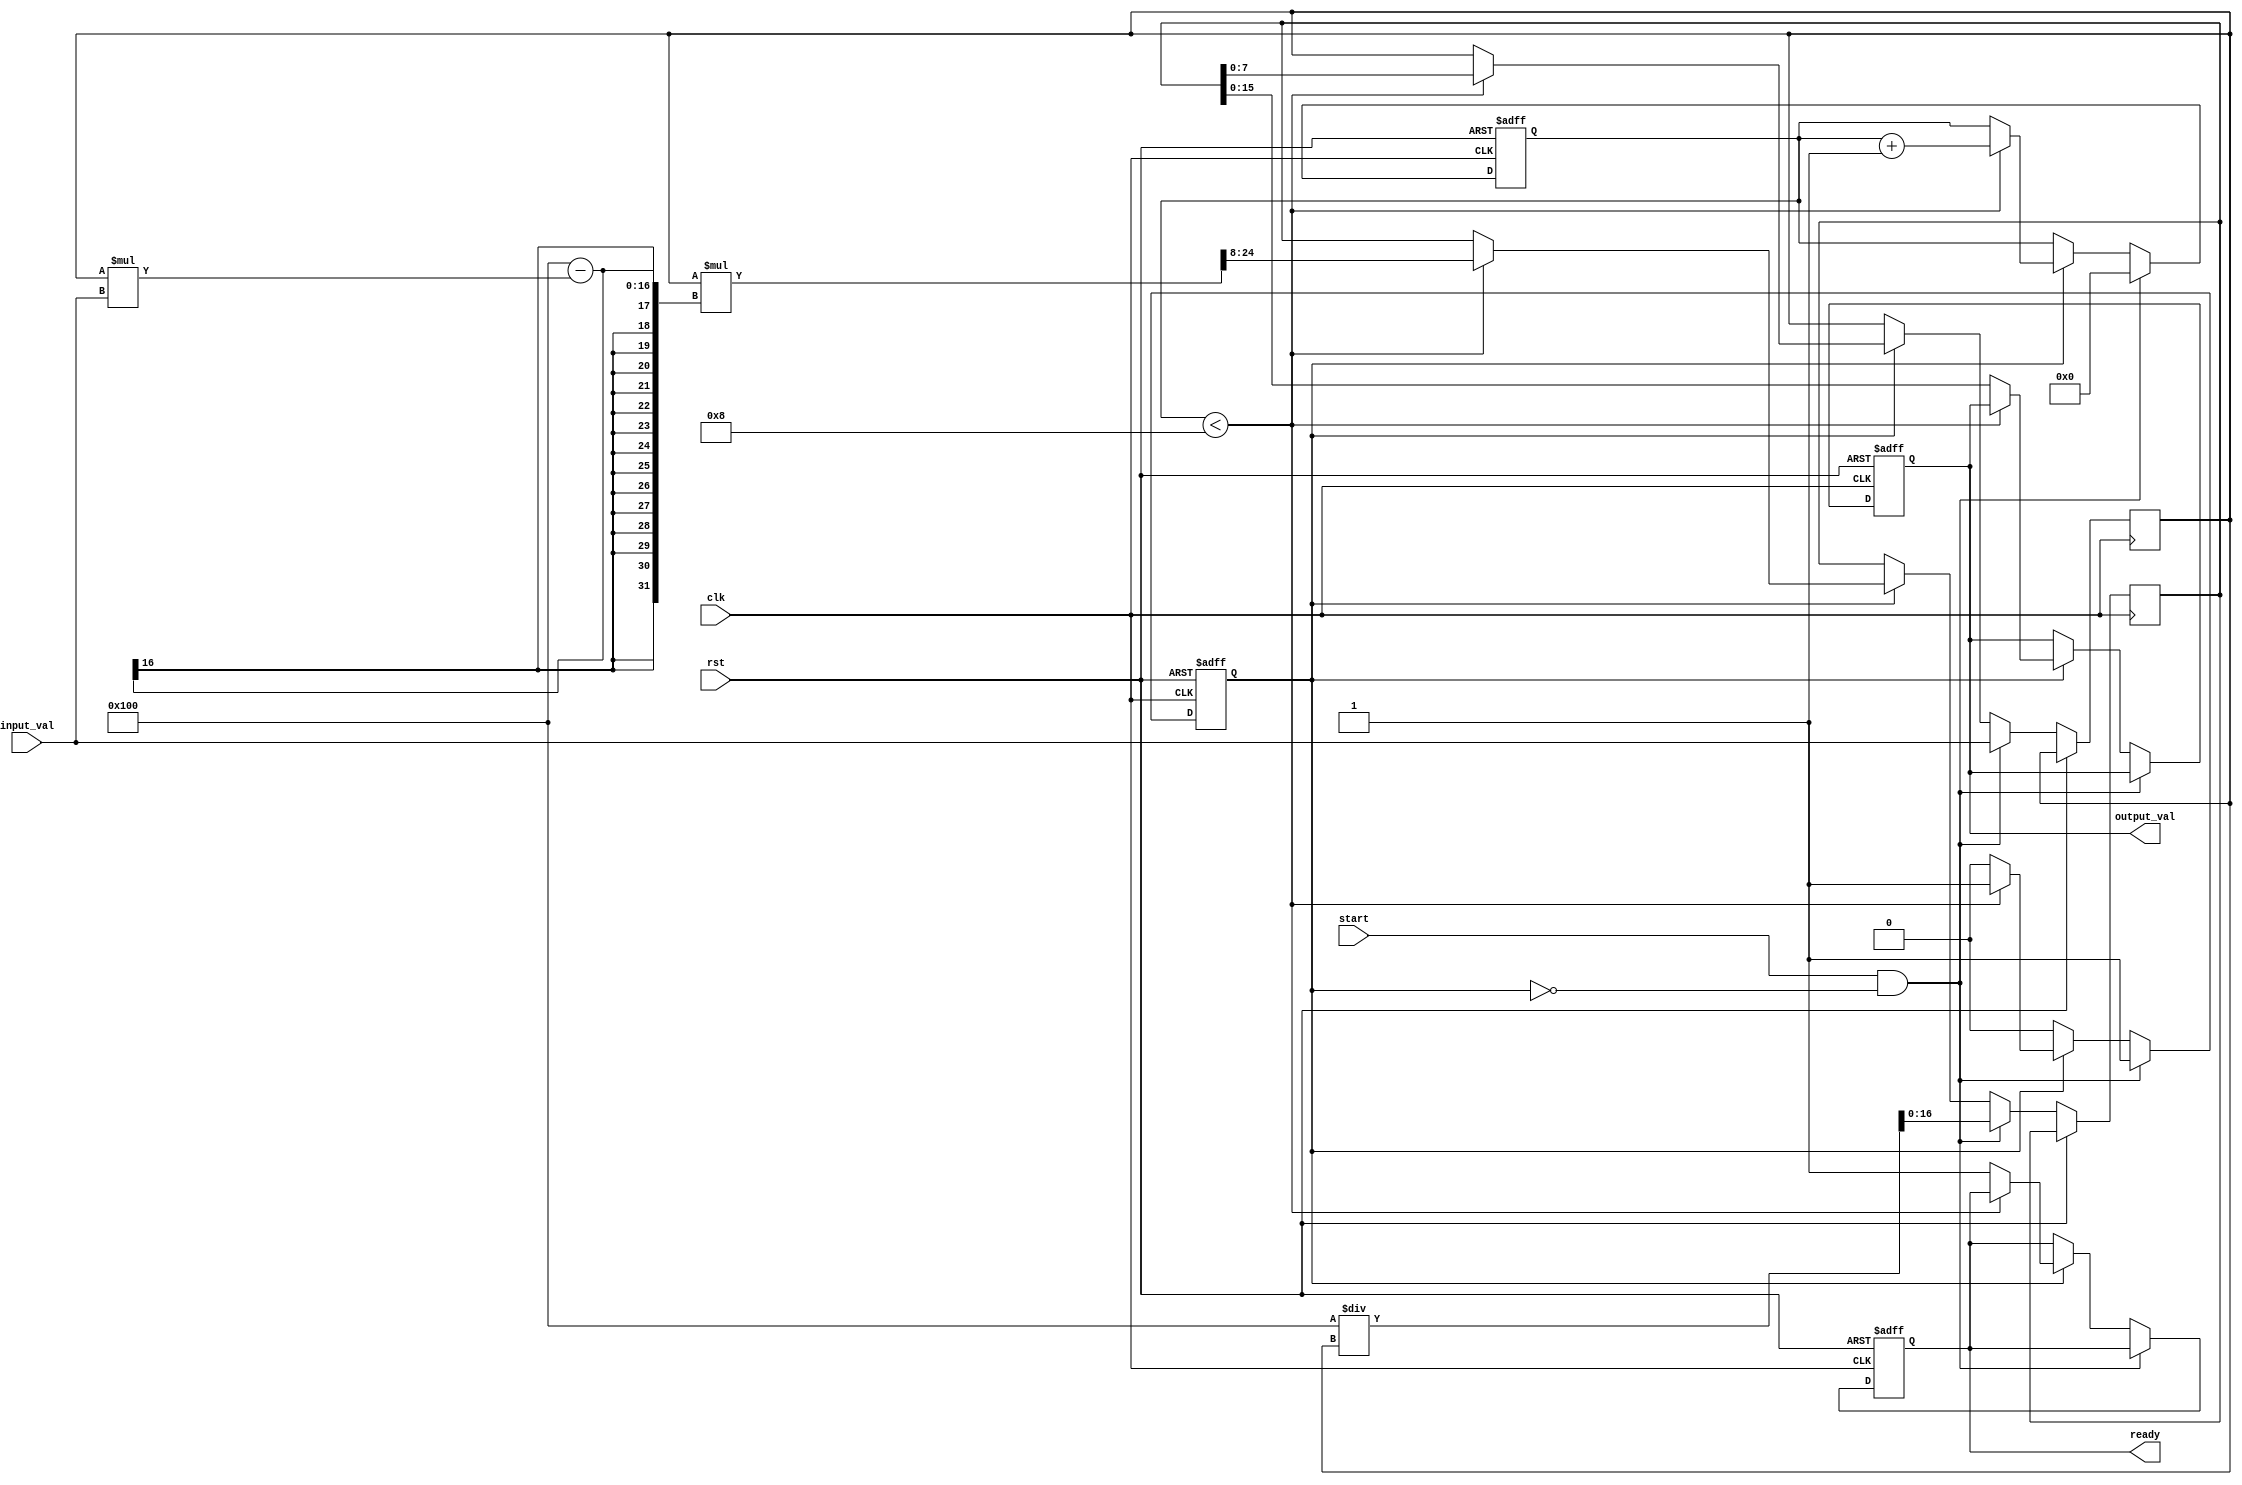
module frac_reciprocal #(parameter N = 8, // Input width
                         parameter M = 16  // Output width
                        ) (
    input wire clk,
    input wire rst,
    input wire start,
    input wire [N-1:0] input_val, // Input should be > 0
    output reg [M-1:0] output_val,
    output reg ready
);

// Internal signals
reg [N-1:0] x0;  // Current approximation
reg [M:0] x1;    // New approximation
reg [3:0] iter;  // Iteration counter
reg computing;

// Parameters
localparam MAX_ITER = 8;          // Max iterations for convergence

always @(posedge clk or posedge rst) begin
    if (rst) begin
        output_val <= 0;
        ready <= 0;
        iter <= 0;
        computing <= 0;
    end
    else begin
        if (start && !computing) begin
            // Start the computation
            computing <= 1;
            iter <= 0;
            x0 <= input_val; // Initial approximation
            x1 <= (1 << N) / x0; // Initial calculation: 1/input_val
        end
        else if (computing) begin
            // Perform Newton-Raphson iterations
            if (iter < MAX_ITER) begin
                iter <= iter + 1;
                // x1 = x0 * (2 - x0 * input_val); using fixed-point arithmetic
                x1 <= x0 * ((1 << N) - x0 * input_val) >> N;    // x1 = x0 * (1 - x0 * input_val)
                x0 <= x1[N-1:0]; // Update approximation
            end
            else begin
                // Finish computation
                output_val <= x1[M-1:0]; // Assign final result
                ready <= 1;
                computing <= 0;
            end
        end
    end
end

endmodule